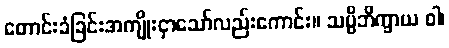
တောင်းခံခြင်းအကျိုးငှာသော်လည်းကောင်း။ သပ္ပိဘိက္ခာယ ဝါ၊